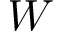
W